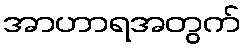
အာဟာရအတွက်